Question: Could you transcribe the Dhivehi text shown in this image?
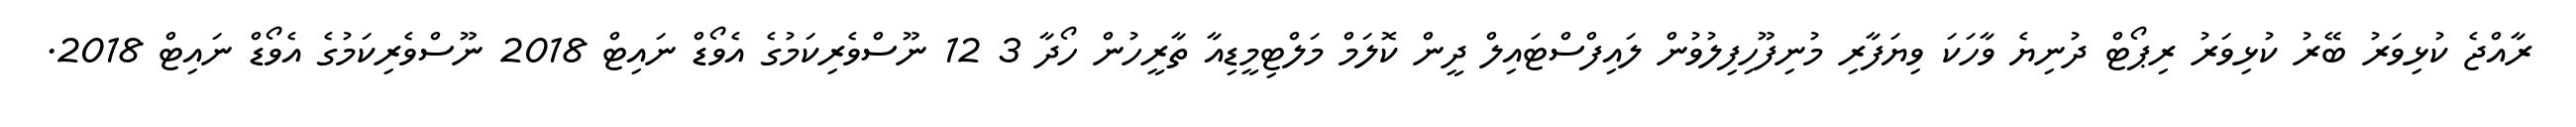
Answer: ރާއްޖެ ކުޅިވަރު ބޭރު ކުޅިވަރު ރިޕޯޓް ދުނިޔެ ވާހަކަ ވިޔަފާރި މުނިފޫހިފިލުވުން ލައިފްސްޓައިލް ދީން ކޮލަމް މަލްޓިމީޑިއާ ތާރީހުން ހޯދާ 3 12 ނޫސްވެރިކަމުގެ އެވޯޑް ނައިޓް 2018 ނޫސްވެރިކަމުގެ އެވޯޑް ނައިޓް 2018.